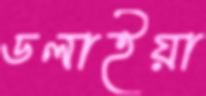
ডলাইয়া